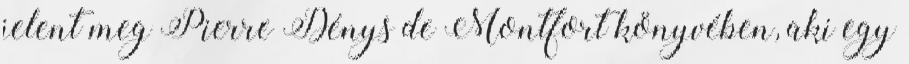
jelent meg Pierre Dénys de Montfort könyvében, aki egy